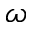
\omega